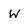
Character: W